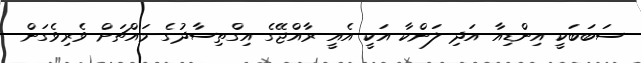
ސަބަބަކީ އިންޑިއާ އަދި ލަންކާ އަކީ އެއީ ރާއްޖޭގެ އިގްތިސާދުގެ މައްޗަށް ވެރިވެގަން